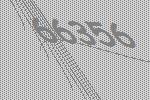
66356